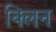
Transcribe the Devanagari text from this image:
क्‍लिन